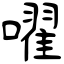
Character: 嚁